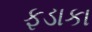
ફડાકા